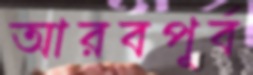
আরবপূর্ব